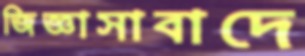
জিজ্ঞাসাবাদে